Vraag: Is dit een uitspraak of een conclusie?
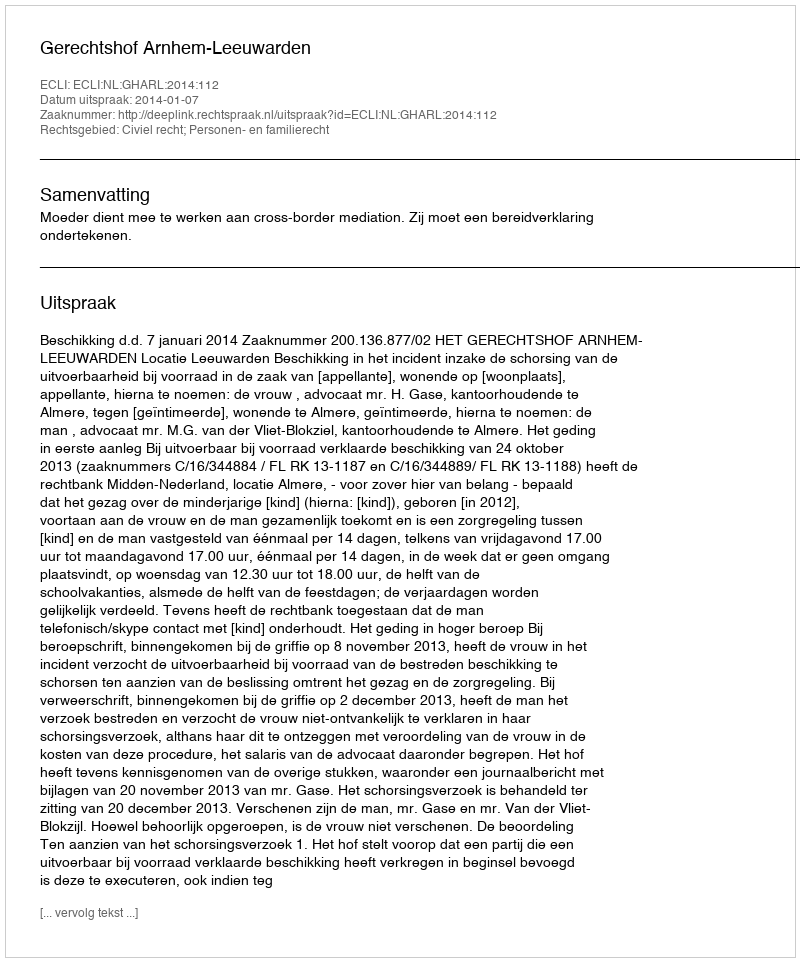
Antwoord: Uitspraak